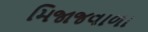
મિજાજવાળા